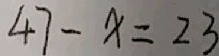
4 7 - x = 2 3